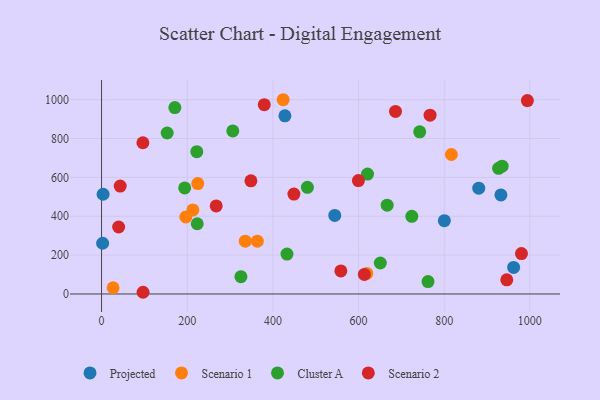
{"axis": {"x": "Speed", "y": "Profit"}, "legend": ["Cluster A", "Projected", "Scenario 1", "Scenario 2"], "data": [{"x": "800.3", "y": 377.1, "type": "Projected"}, {"x": "428.1", "y": 916.5, "type": "Projected"}, {"x": "2.5", "y": 261.0, "type": "Projected"}, {"x": "932.4", "y": 509.8, "type": "Projected"}, {"x": "962.1", "y": 136.4, "type": "Projected"}, {"x": "880.7", "y": 544.3, "type": "Projected"}, {"x": "544.5", "y": 404.4, "type": "Projected"}, {"x": "3.6", "y": 513.1, "type": "Projected"}, {"x": "424.0", "y": 999.6, "type": "Scenario 1"}, {"x": "213.2", "y": 432.7, "type": "Scenario 1"}, {"x": "196.7", "y": 396.1, "type": "Scenario 1"}, {"x": "363.7", "y": 271.9, "type": "Scenario 1"}, {"x": "335.5", "y": 271.7, "type": "Scenario 1"}, {"x": "619.3", "y": 105.6, "type": "Scenario 1"}, {"x": "26.9", "y": 32.0, "type": "Scenario 1"}, {"x": "816.8", "y": 717.6, "type": "Scenario 1"}, {"x": "224.6", "y": 568.3, "type": "Scenario 1"}, {"x": "153.2", "y": 828.3, "type": "Cluster A"}, {"x": "325.4", "y": 88.9, "type": "Cluster A"}, {"x": "306.4", "y": 838.8, "type": "Cluster A"}, {"x": "222.4", "y": 732.0, "type": "Cluster A"}, {"x": "935.3", "y": 657.8, "type": "Cluster A"}, {"x": "927.0", "y": 646.4, "type": "Cluster A"}, {"x": "194.1", "y": 545.9, "type": "Cluster A"}, {"x": "621.0", "y": 617.1, "type": "Cluster A"}, {"x": "171.1", "y": 959.4, "type": "Cluster A"}, {"x": "724.4", "y": 399.6, "type": "Cluster A"}, {"x": "666.8", "y": 456.7, "type": "Cluster A"}, {"x": "762.2", "y": 63.6, "type": "Cluster A"}, {"x": "223.4", "y": 361.3, "type": "Cluster A"}, {"x": "432.9", "y": 205.4, "type": "Cluster A"}, {"x": "650.8", "y": 159.4, "type": "Cluster A"}, {"x": "480.6", "y": 548.7, "type": "Cluster A"}, {"x": "742.8", "y": 834.2, "type": "Cluster A"}, {"x": "379.9", "y": 974.0, "type": "Scenario 2"}, {"x": "43.5", "y": 555.3, "type": "Scenario 2"}, {"x": "267.7", "y": 453.2, "type": "Scenario 2"}, {"x": "613.5", "y": 100.7, "type": "Scenario 2"}, {"x": "449.1", "y": 514.2, "type": "Scenario 2"}, {"x": "558.7", "y": 118.8, "type": "Scenario 2"}, {"x": "946.1", "y": 73.0, "type": "Scenario 2"}, {"x": "96.9", "y": 8.7, "type": "Scenario 2"}, {"x": "686.3", "y": 939.2, "type": "Scenario 2"}, {"x": "39.9", "y": 344.6, "type": "Scenario 2"}, {"x": "96.5", "y": 778.2, "type": "Scenario 2"}, {"x": "348.7", "y": 582.5, "type": "Scenario 2"}, {"x": "599.7", "y": 583.4, "type": "Scenario 2"}, {"x": "767.0", "y": 920.2, "type": "Scenario 2"}, {"x": "980.4", "y": 207.8, "type": "Scenario 2"}, {"x": "994.2", "y": 995.2, "type": "Scenario 2"}]}